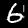
Digit: 6